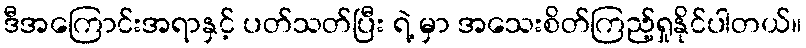
ဒီအကြောင်းအရာနှင့် ပတ်သတ်ပြီး ရဲ့ မှာ အသေးစိတ်ကြည့်ရှုနိုင်ပါတယ်။